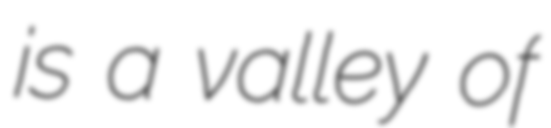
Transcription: is a valley of